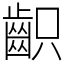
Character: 齞